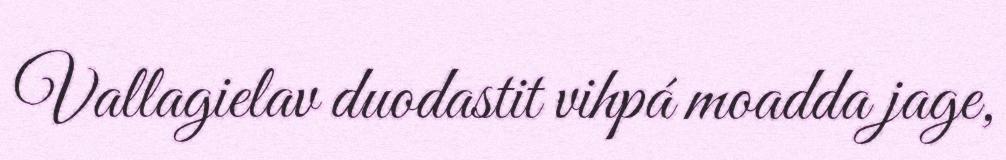
Vallagielav duodastit vihpá moadda jage,